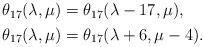
LaTeX: \begin{align*}\begin{aligned}\theta_{17}(\lambda,\mu)&=\theta_{17}(\lambda-17,\mu),\\ \theta_{17}(\lambda,\mu)&=\theta_{17}(\lambda+6,\mu-4).\end{aligned}\end{align*}